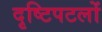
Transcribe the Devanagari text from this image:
दृष्टिपटलों